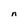
Character: n